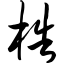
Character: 梏